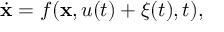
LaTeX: { \dot { \mathbf { x } } } = f ( \mathbf { x } , u ( t ) + \xi ( t ) , t ) ,